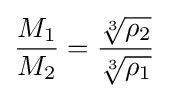
{\frac {M_{1}}{M_{2}}}={\frac {\sqrt[{3}]{\rho _{2}}}{\sqrt[{3}]{\rho _{1}}}}